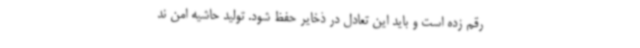
رقم زده است و باید این تعادل در ذخایر حفظ شود. تولید حاشیه امن ند